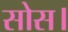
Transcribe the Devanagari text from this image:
सोस।